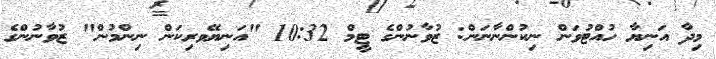
މިދާ އަނިޔާ ހުއްޓުވަން ނިކުންނާނަން: ޒުވާނުންގެ ޓީމް 10:32 "އަނިޔޭވރިކަން ނިންމުން" ޒުވާނުންގެ